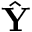
\hat { \textbf { Y } }